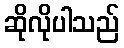
ဆိုလိုပါသည်